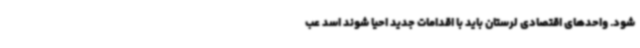
شود. واحدهای اقتصادی لرستان باید با اقدامات جدید احیا شوند اسد عب